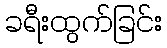
ခရီးထွက်ခြင်း